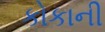
કોકાની